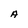
Character: A